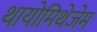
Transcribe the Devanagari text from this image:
थायोमिथेजेम